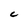
Character: C